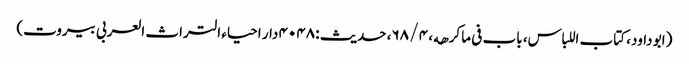
(ابو داود، کتاب اللباس، باب فی ما کرھه، ۴ / ۶۸، حدیث : ۴۰۴۸ دار احیاء التراث العربی بیروت)